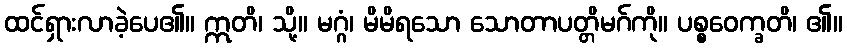
ထင်ရှားလာခဲ့ပေ၏။ ဣတိ၊ သို့။ မဂ္ဂံ၊ မိမိရသော သောတာပတ္တိမဂ်ကို။ ပစ္စဝေက္ခတိ၊ ၏။